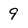
Character: 9